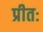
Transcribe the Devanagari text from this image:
प्रीतः